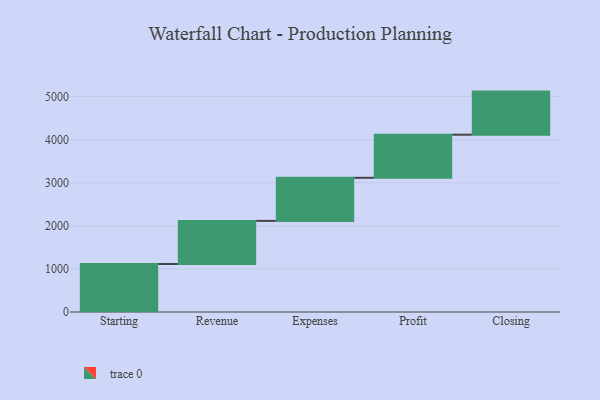
{"axis": {"x": "Step", "y": "Value"}, "legend": [""], "data": [{"x": "Starting", "y": 1114.0, "type": ""}, {"x": "Revenue", "y": 1000, "type": ""}, {"x": "Expenses", "y": 1000, "type": ""}, {"x": "Profit", "y": 1000, "type": ""}, {"x": "Closing", "y": 1000, "type": ""}]}